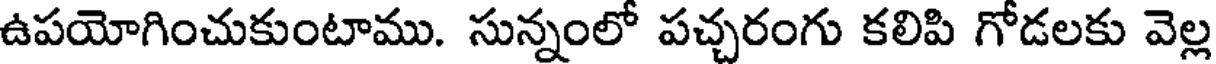
ఉపయోగించుకుంటాము. సున్నంలో పచ్చరంగు కలిపి గోడలకు వెల్ల